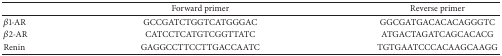
<table><thead><tr><td><b> </b></td><td><b>Forward primer</b></td><td><b>Reverse primer</b></td></tr></thead><tbody><tr><td><i>β</i>1-AR</td><td>GCCGATCTGGTCATGGGAC</td><td>GGCGATGACACACAGGGTC</td></tr><tr><td><i>β</i>2-AR</td><td>CATCCTCATGTCGGTTATC</td><td>ATGACTAGATCAGCACACG</td></tr><tr><td>Renin</td><td>GAGGCCTTCCTTGACCAATC</td><td>TGTGAATCCCACAAGCAAGG</td></tr></tbody></table>